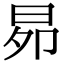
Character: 𭥦